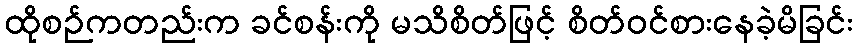
ထိုစဉ်ကတည်းက ခင်စန်းကို မသိစိတ်ဖြင့် စိတ်ဝင်စားနေခဲ့မိခြင်း